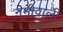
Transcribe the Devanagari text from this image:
नमीवाली